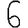
Digit: 6